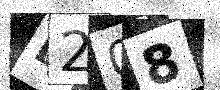
Text: D208